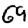
Digit: 0